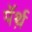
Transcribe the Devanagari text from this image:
पॅर्थ़